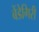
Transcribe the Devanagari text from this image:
बेंडेगिरी